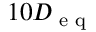
1 0 D _ { \textup { e q } }